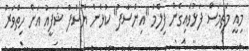
މިއީ މަތިމަސް ފަޅުވައިގެން ފިލްމު "އިންސާފު" ކުޅެން ޔޫސުފް ޝަފީއު އަށް ހިތްވަރު